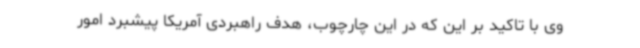
وی با تاکید بر این که در این چارچوب، هدف راهبردی آمریکا پیشبرد امور